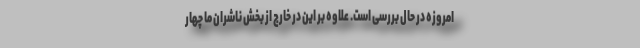
امروزه در حال بررسی است. علاوه بر این در خارج از بخش ناشران ما چهار